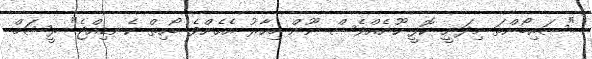
"ސައިބޯންތަ މިދަނީ ކޮފީ ހޫނެއްވެސް ނޫން މިހާރު އެހެންވެ ބޯހިތް ކެނޑިއްޖެ" ރީޝަމް